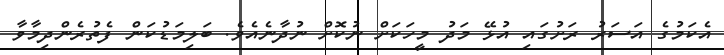
އެކަމުގެ އަސަރު ރަށުގައި އުޅޭ މަދު މީހަކަށް ނުކޮށް ނުދާނެއެވެ. ބަލިމަޑުކަން ފެތުރެންދިމާވާ